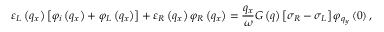
{ { \varepsilon } _ { L } } \left( { { q } _ { x } } \right) \left[ { { \varphi } _ { i } } \left( { { q } _ { x } } \right) + { { \varphi } _ { L } } \left( { { q } _ { x } } \right) \right] + { { \varepsilon } _ { R } } \left( { { q } _ { x } } \right) { { \varphi } _ { R } } \left( { { q } _ { x } } \right) = \frac { { { q } _ { x } } } { \omega } G \left( q \right) \left[ { { \sigma } _ { R } } - { { \sigma } _ { L } } \right] { { \varphi } _ { { { q } _ { y } } } } \left( 0 \right) ,